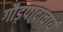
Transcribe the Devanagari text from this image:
गौड़पादाचार्य